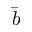
\bar { b }